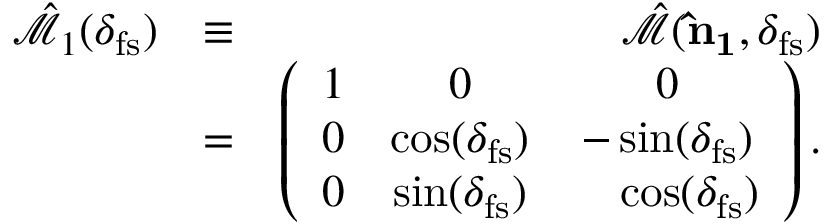
\begin{array} { r l r } { \hat { \mathcal { M } } _ { 1 } ( \delta _ { \mathrm { f s } } ) } & { \equiv } & { \hat { \mathcal { M } } ( { \bf \hat { n } _ { 1 } } , \delta _ { \mathrm { f s } } ) } \\ & { = } & { \left( \begin{array} { c c c } { 1 } & { 0 } & { 0 } \\ { 0 } & { \cos ( \delta _ { \mathrm { f s } } ) } & { - \sin ( \delta _ { \mathrm { f s } } ) } \\ { 0 } & { \sin ( \delta _ { \mathrm { f s } } ) } & { \ \ \ \cos ( \delta _ { \mathrm { f s } } ) } \end{array} \right) . } \end{array}